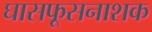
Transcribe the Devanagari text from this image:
घासफूसनाशक